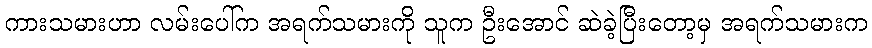
ကားသမားဟာ လမ်းပေါ်က အရက်သမားကို သူက ဦးအောင် ဆဲခဲ့ပြီးတော့မှ အရက်သမားက